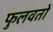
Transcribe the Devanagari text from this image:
फुलवतो